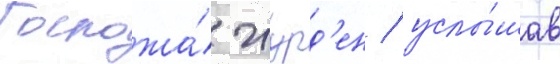
Госпожа́ журд'ен / услы́шав